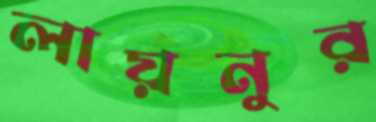
লায়নুর